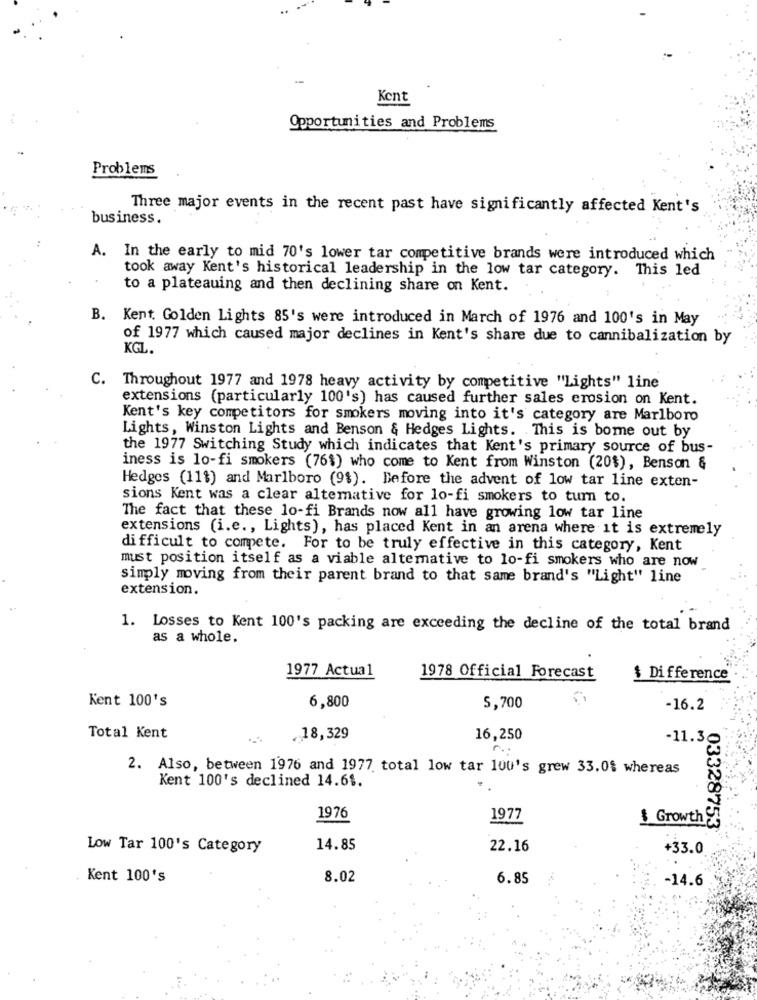
Kent
Opportunities and Problems
Problems
Three major events in the recent past have significantly affected Kent's
business.
A. In the early to mid 70's lower tar competitive brands were introduced which
took away Kent's historical leadership in the low tar category. This led
to a plateauing and then declining share on Kent.
B. Kent. Golden Lights 85's were introduced in March of 1976 and 100's in May
of 1977 which caused major declines in Kent's share due to cannibalization by
KGL
C.
Throughout 1977 and 1978 heavy activity by competitive "Lights" line
extensions (particularly 100's) has caused further sales erosion on Kent.
Kent's key competitors for smokers moving into it's category are Marlboro
Lights, Winston Lights and Benson & Hedges Lights. This is bome out by
the 1977 Switching Study which indicates that Kent's primary source of bus-
iness is lo-fi smokers (76%) who come to Kent from Winston (20%), Benson &
Hedges (11%) and Marlboro (9$). Before the advent of low tar line exten-
sions Kent was a clear altemative for lo-fi smokers to turn to.
The fact that these lo-fi Brands now all have growing low tar line
extensions (i.e ., Lights), has placed Kent in an arena where it is extremely
difficult to compete. For to be truly effective in this category, Kent
must position itself as a viable alternative to lo-fi smokers who are now
simply moving from their parent brand to that same brand's "Light" line
extension.
1. Losses to Kent 100's packing are exceeding the decline of the total brand
as a whole.
1977 Actual
1978 Official Forecast
$ Difference
Kent 100's
6,800
5,700
-16.2
Total Kent
18,329
16,250
-11.3
r ..
2. Also, between 1976 and 1977 total low tar 100's grew 33.0$ whereas
Kent 100's declined 14.6$.
1976
1977
$ Growth
03328753
Low Tar 100's Category
14.85
22.16
+33.0
Kent 100's
8.02
6.85
-14.6